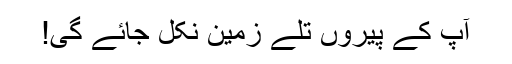
آپ کے پیروں تلے زمین نکل جائے گی!